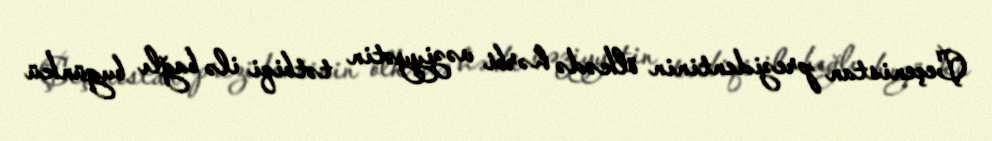
Çeçenistan prezidentinin ölkədə hərbi vəziyyətin tətbiqi ilə bağlı bugünkü